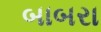
બાબરા